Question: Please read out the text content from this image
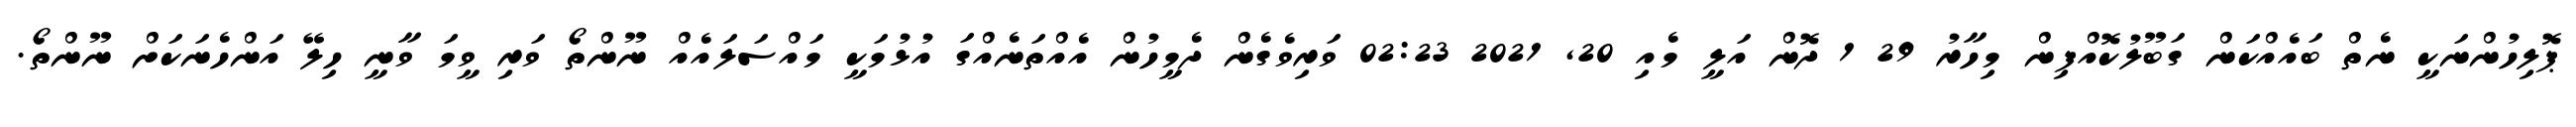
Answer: ޕޮލިހުންނަކީ ނެތް ބައެއްކަން ގަބޫލުކޮއްފިން މިހާރު 29 1 ދޮން އަލީ މެއި 20, 2021 02:23 ވަރިވެގެން ދެމީހުން އެއްތަނެއްގަ އުޅުމަކީ މައްސަލައެއް ނޫންތޯ ވަރި ވީމަ ވާނީ ހިލޭ އަންހެނަކަށް ނޫންތޯ.